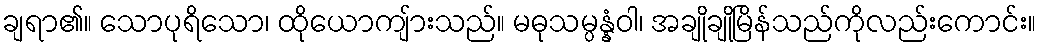
ချရာ၏။ သောပုရိသော၊ ထိုယောကျ်ားသည်။ မဓုသမ္ပန္နံဝါ၊ အချိုချိုမြိန်သည်ကိုလည်းကောင်း။